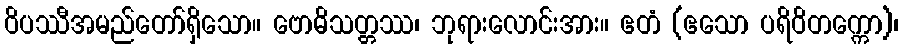
ဝိပဿီအမည်တော်ရှိသော။ ဗောဓိသတ္တဿ၊ ဘုရားလောင်းအား။ ဧတံ (ဧသော ပရိဝိတက္ကော)၊